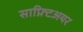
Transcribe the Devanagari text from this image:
साफ़्टिअयर